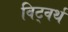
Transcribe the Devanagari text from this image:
विट्वर्थ